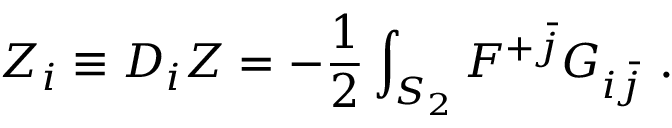
Z _ { i } \equiv D _ { i } Z = - { \frac { 1 } { 2 } } \int _ { S _ { 2 } } { \cal F } ^ { + \bar { j } } G _ { i \bar { j } } \ .